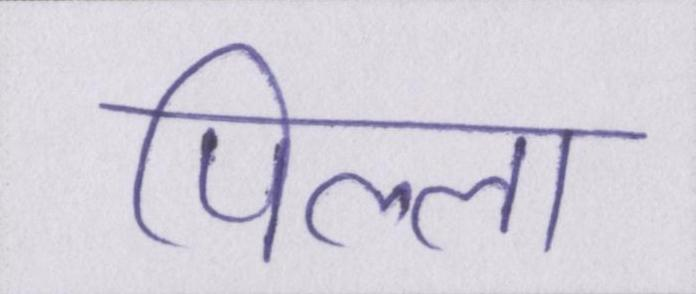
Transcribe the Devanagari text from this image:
पिल्ला